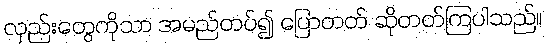
လှည်းတွေကိုသာ အမည်တပ်၍ ပြောတတ် ဆိုတတ်ကြပါသည်။